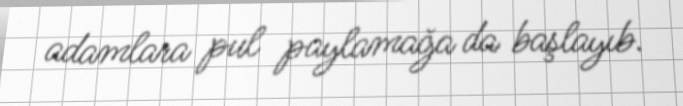
adamlara pul paylamağa da başlayıb.